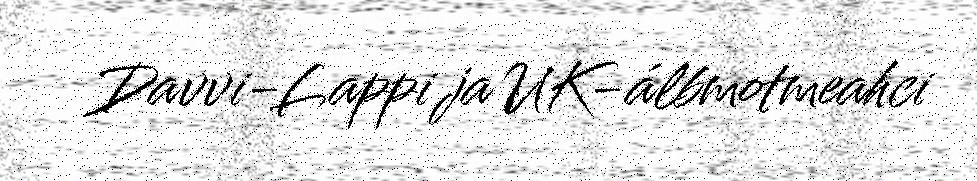
Davvi-Lappi ja UK-álbmotmeahci